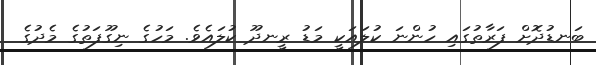
ބަނޑުދޮށް ފަރާތުގައި ހުންނަ ކުލައަކީ މަޑު ރީނދޫ ކުލައެވެ. މަހުގެ ނިގޫފަތުގެ މެދުގެ